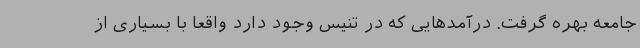
جامعه بهره گرفت. درآمدهایی که در تنیس وجود دارد واقعا با بسیاری از